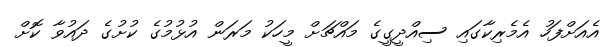
އެއަށްފަހު އެމެރިކާގައި ސިއްދީގީގެ މައްޗަށް މީހަކު މަރަން އުޅުމުގެ ކުށުގެ ދައުވާ ކޮށް